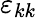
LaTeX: \varepsilon_{kk}